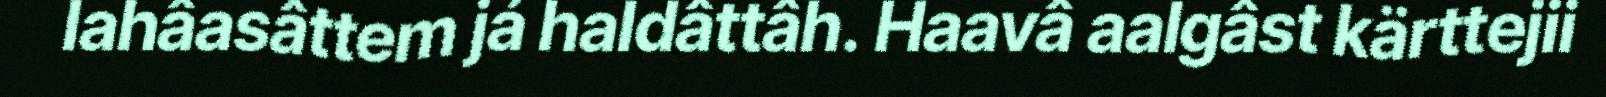
lahâasâttem já haldâttâh. Haavâ aalgâst kärttejii